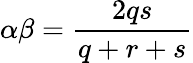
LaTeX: \alpha\beta=\frac{2qs}{q+r+s}